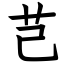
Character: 芑